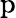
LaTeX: \mathrm{p}